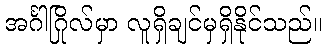
အင်္ဂါဂြိုလ်မှာ လူရှိချင်မှရှိနိုင်သည်။